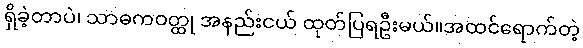
ရှိခဲ့တာပဲ၊ သာဓကဝတ္ထု အနည်းငယ် ထုတ်ပြရဦးမယ်။အထင်ရောက်တဲ့